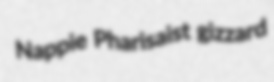
Nappie Pharisaist gizzard